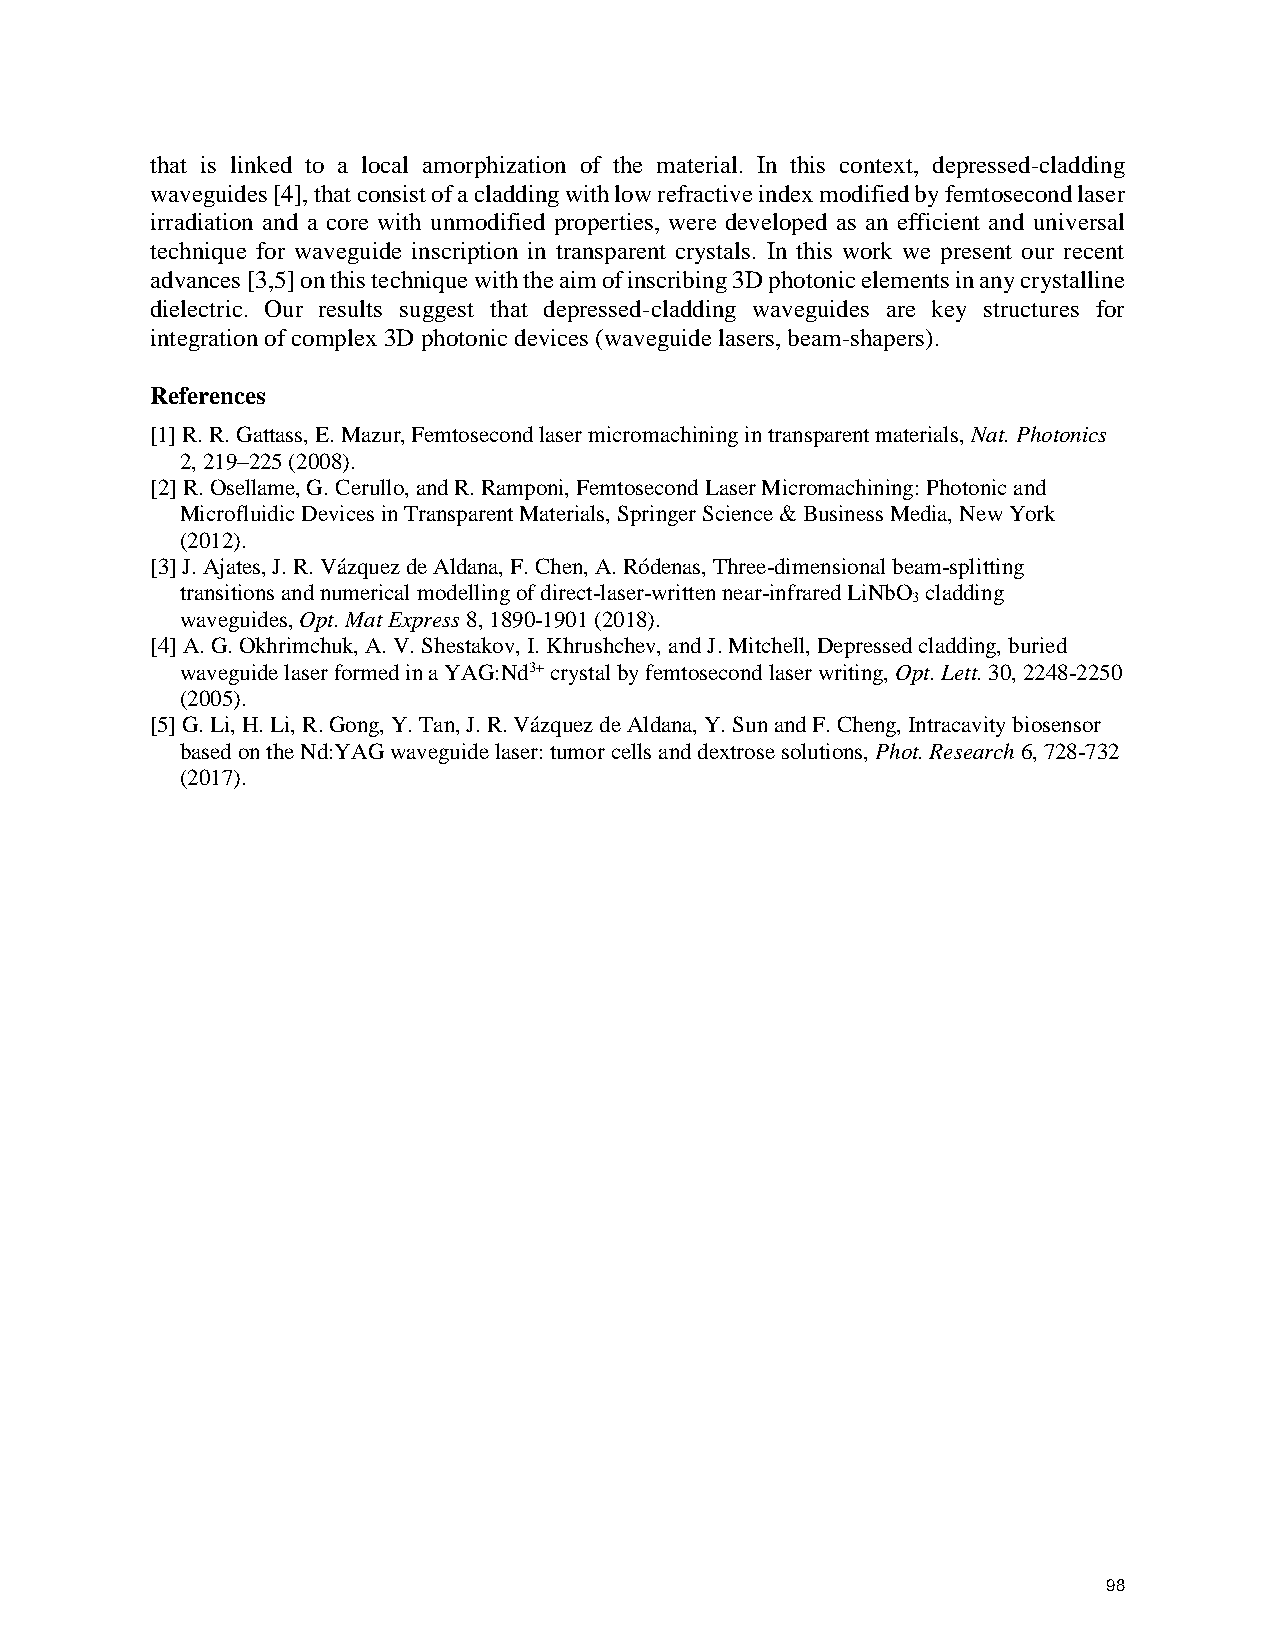
that is linked to a local amorphization of the material. In this context, depressed-cladding
 waveguides [4], that consist of a cladding with low refractive index modified by femtosecond laser
 irradiation and a core with unmodified properties, were developed as an efficient and universal
 technique for waveguide inscription in transparent crystals. In this work we present our recent
 advances [3,5] on this technique with the aim of inscribing 3D photonic elements in any crystalline
 dielectric. Our results suggest that depressed-cladding waveguides are key structures for
 integration of complex 3D photonic devices (waveguide lasers, beam-shapers).
 References
 [1] R. R. Gattass, E. Mazur, Femtosecond laser micromachining in transparent materials, Nat. Photonics
 2, 219–225 (2008).
 [2] R. Osellame, G. Cerullo, and R. Ramponi, Femtosecond Laser Micromachining: Photonic and
 Microfluidic Devices in Transparent Materials, Springer Science & Business Media, New York
 (2012).
 [3] J. Ajates, J. R. Vázquez de Aldana, F. Chen, A. Ródenas, Three-dimensional beam-splitting
 transitions and numerical modelling of direct-laser-written near-infrared LiNbO cladding
 3
 waveguides, Opt. Mat Express 8, 1890-1901 (2018).
 [4] A. G. Okhrimchuk, A. V. Shestakov, I. Khrushchev, and J. Mitchell, Depressed cladding, buried
 waveguide laser formed in a YAG:Nd3+ crystal by femtosecond laser writing, Opt. Lett. 30, 2248-2250
 (2005).
 [5] G. Li, H. Li, R. Gong, Y. Tan, J. R. Vázquez de Aldana, Y. Sun and F. Cheng, Intracavity biosensor
 based on the Nd:YAG waveguide laser: tumor cells and dextrose solutions, Phot. Research 6, 728-732
 (2017).
 98